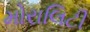
મોરાલિટી